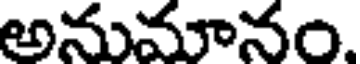
అనుమానం.